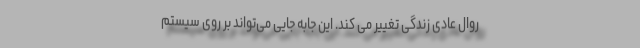
روال عادی زندگی تغییر می کند. این جابه جایی می‌تواند بر روی سیستم